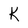
Character: K